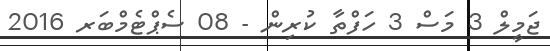
ޖަމީލް 3 މަސް 3 ހަފްތާ ކުރިން - 08 ސެޕްޓެމްބަރ 2016